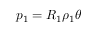
p _ { 1 } = R _ { 1 } \rho _ { 1 } \theta